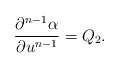
\begin{align*} \frac{\partial^{n-1}\alpha}{\partial u^{n-1}}=Q_2.\end{align*}